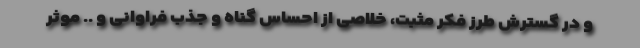
و در گسترش طرز فکر مثبت، خلاصی از احساس گناه‌ و جذب فراوانی و .. موثر